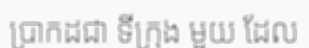
ប្រាកដជា ទីក្រុង មួយ ដែល